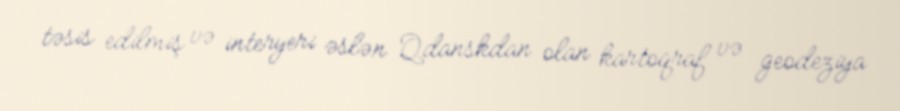
təsis edilmiş və interyeri əslən Qdanskdan olan kartoqraf və geodeziya